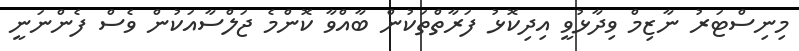
މިނިސްޓަރު ނާޒިމް ވިދާޅުވީ އިދިކޮޅު ފަރާތްތަކުން ބާއްވާ ކޮންމެ ޖަލްސާއަކުން ވެސް ފެންނަނީ